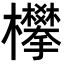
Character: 𣡄